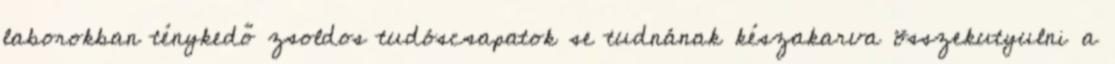
laborokban ténykedő zsoldos tudóscsapatok se tudnának készakarva összekutyulni a